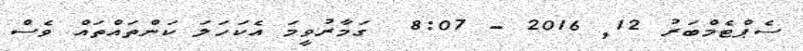
ސެޕްޓެމްބަރު 12